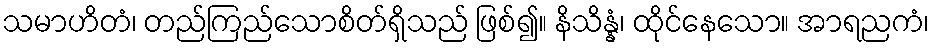
သမာဟိတံ၊ တည်ကြည်သောစိတ်ရှိသည် ဖြစ်၍။ နိသိန္နံ၊ ထိုင်နေသော။ အာရညကံ၊